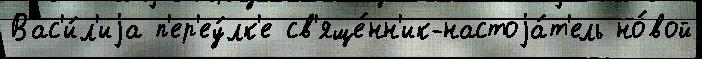
Вас'и́л'иjа п'ер'еу́лк'е св'яще́нн'ик-настоjа́т'ель но́вой